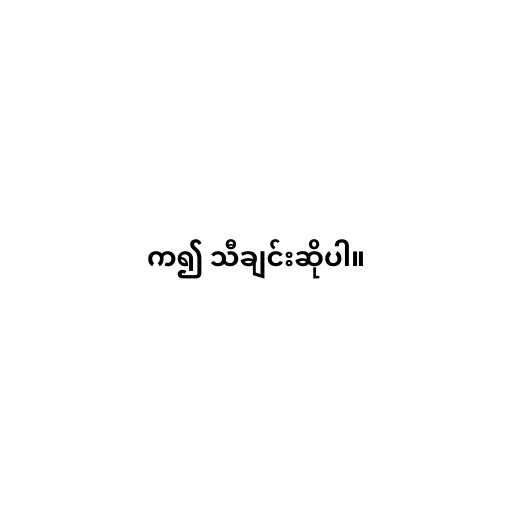
က၍ သီချင်းဆိုပါ။